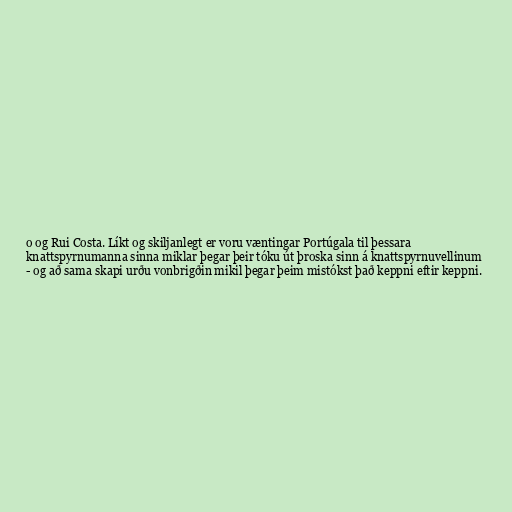
o og Rui Costa. Líkt og skiljanlegt er voru væntingar Portúgala til þessara
knattspyrnumanna sinna miklar þegar þeir tóku út þroska sinn á knattspyrnuvellinum
- og að sama skapi urðu vonbrigðin mikil þegar þeim mistókst það keppni eftir keppni.